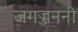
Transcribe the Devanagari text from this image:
जगज्जननी